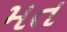
મત